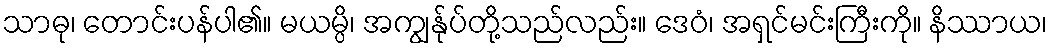
သာဓု၊ တောင်းပန်ပါ၏။ မယမ္ပိ၊ အကျွန်ုပ်တို့သည်လည်း။ ဒေဝံ၊ အရှင်မင်းကြီးကို။ နိဿာယ၊